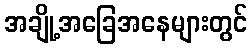
အချို့အခြေအနေများတွင်